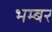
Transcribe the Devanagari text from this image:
भम्बर